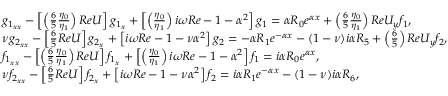
\begin{array} { r l } & { g _ { 1 _ { x x } } - \left[ \left( \frac { 6 } { 5 } \frac { \eta _ { 0 } } { \eta _ { 1 } } \right) R e U \right] g _ { 1 _ { x } } + \left[ \left( \frac { \eta _ { 0 } } { \eta _ { 1 } } \right) i \omega R e - 1 - \alpha ^ { 2 } \right] g _ { 1 } = \alpha R _ { 0 } e ^ { \alpha x } + \left( \frac { 6 } { 5 } \frac { \eta _ { 0 } } { \eta _ { 1 } } \right) R e U _ { y } f _ { 1 } , } \\ & { \nu g _ { 2 _ { x x } } - \left[ \frac { 6 } { 5 } R e U \right] g _ { 2 _ { x } } + \left[ i \omega R e - 1 - \nu \alpha ^ { 2 } \right] g _ { 2 } = - \alpha R _ { 1 } e ^ { - \alpha x } - ( 1 - \nu ) i \alpha R _ { 5 } + \left( \frac { 6 } { 5 } \right) R e U _ { y } f _ { 2 } , } \\ & { f _ { 1 _ { x x } } - \left[ \left( \frac { 6 } { 5 } \frac { \eta _ { 0 } } { \eta _ { 1 } } \right) R e U \right] f _ { 1 _ { x } } + \left[ \left( \frac { \eta _ { 0 } } { \eta _ { 1 } } \right) i \omega R e - 1 - \alpha ^ { 2 } \right] f _ { 1 } = i \alpha R _ { 0 } e ^ { \alpha x } , } \\ & { \nu f _ { 2 _ { x x } } - \left[ \frac { 6 } { 5 } R e U \right] f _ { 2 _ { x } } + \left[ i \omega R e - 1 - \nu \alpha ^ { 2 } \right] f _ { 2 } = i \alpha R _ { 1 } e ^ { - \alpha x } - ( 1 - \nu ) i \alpha R _ { 6 } , } \end{array}